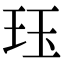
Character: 珏